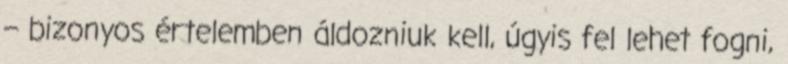
– bizonyos értelemben áldozniuk kell, úgyis fel lehet fogni,